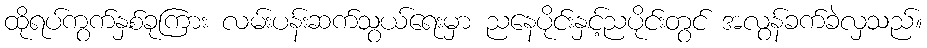
ထိုရပ်ကွက်နှစ်ခုကြား လမ်းပန်းဆက်သွယ်ရေးမှာ ညနေပိုင်းနှင့်ညပိုင်းတွင် အလွန်ခက်ခဲလှသည်။